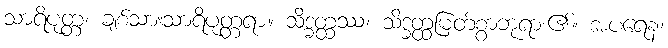
သာရိပုတ္တ၊ ချစ်သားသာရိပုတ္တရာ။ သိဒ္ဓတ္ထဿ၊ သိဒ္ဓတ္ထမြတ်စွာဘုရား၏။ အပရေန၊